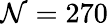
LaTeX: \mathcal{N}=270